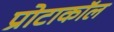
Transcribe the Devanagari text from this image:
प्रोटाकॉल